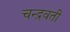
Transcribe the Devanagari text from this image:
चन्द्रवती